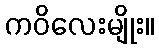
ကဝိလေးမျိုး။